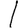
Digit: 1